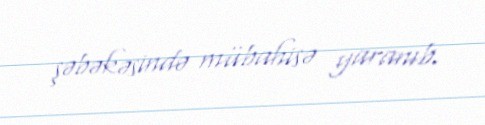
şəbəkəsində mübahisə yaranıb.